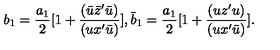
b _ { 1 } = { \frac { a _ { 1 } } { 2 } } [ 1 + { \frac { ( { \bar { u } } { \bar { z } } ^ { \prime } { \bar { u } } ) } { ( u x ^ { \prime } { \bar { u } } ) } } ] , { \bar { b } _ { 1 } } = { \frac { a _ { 1 } } { 2 } } [ 1 + { \frac { ( u { z } ^ { \prime } u ) } { ( u x ^ { \prime } \bar { u } ) } } ] .